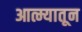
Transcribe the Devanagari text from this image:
आत्म्यातून